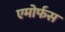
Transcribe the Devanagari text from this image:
एमोर्फस